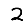
Digit: 2